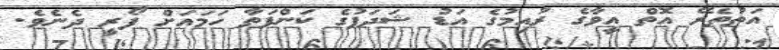
އަތުތެރޭ އޮތް އީވާގެ ރުއިމުގެ އަޑު ޝަދަފުގެ ކަންފަތާ ހަމައަށް ފޯރީ ދެނެވެ.